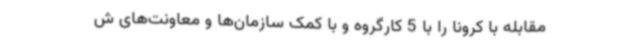
مقابله با کرونا را با 5 کارگروه و با کمک سازمان‌ها و معاونت‌های ش